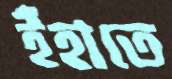
ইঁহাতে